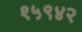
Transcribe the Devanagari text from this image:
१५९४२